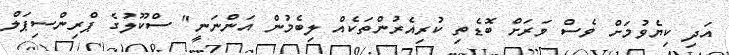
އަދި ކިޔެވުމަށް ވެސް ވަރަށް ބޮޑެތި ކުރިއެރުންތަކެއް ލިބެމުން އަންނަނީ" ސްކޫލުގެ ޕްރިންސިޕަލް